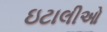
ઇટાલીઓ